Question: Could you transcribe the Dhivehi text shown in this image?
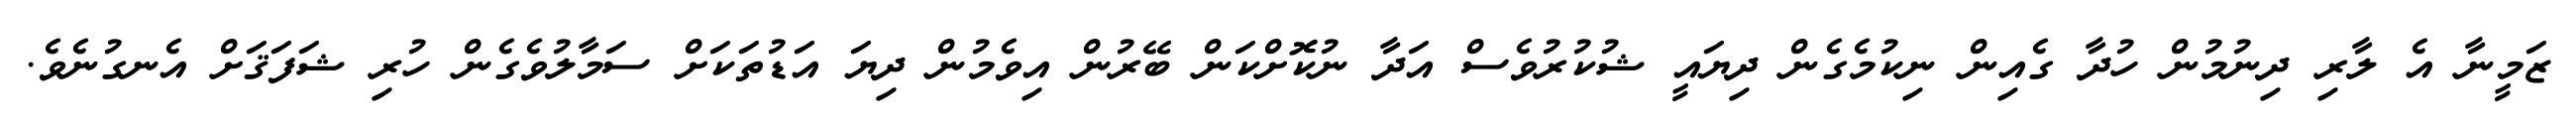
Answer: ޒަމީނާ އެ ލާރި ދިނުމުން ހުދާ ގެއިން ނިކުމެގެން ދިޔައީ ޝުކުރުވެސް އަދާ ނުކޮށްކަން ބޭރުން އިވެމުން ދިޔަ އަޑުތަކަށް ސަމާލުވެގެން ހުރި ޝަފަޤަށް އެނގުނެވެ.